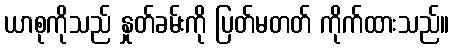
ယာစုကိုသည် နှုတ်ခမ်းကို ပြတ်မတတ် ကိုက်ထားသည်။